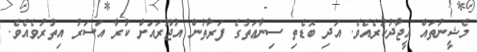
މެޝީނުތައް އީޖާދުކުރެއެވެ. އަދި ބޮޑެތި ސިނާޢަތުގެ ފަރާތުން އުޖޫރައަށް ކުރާ އަސަރު އިތުރުވެއެވެ.